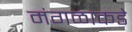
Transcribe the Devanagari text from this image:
मंगळाकडे